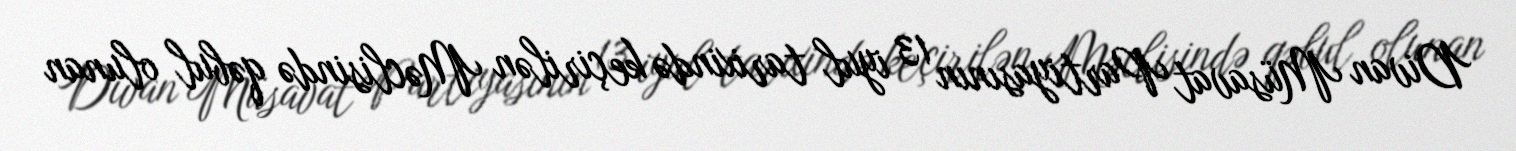
Divan Müsavat Partiyasının 13 iyul tarixində keçirilən Məclisində qəbul olunan